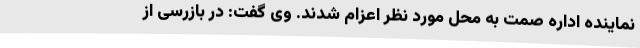
نماینده اداره صمت به محل مورد نظر اعزام شدند. وی گفت: در بازرسی از